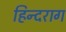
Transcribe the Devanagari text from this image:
हिन्दराग